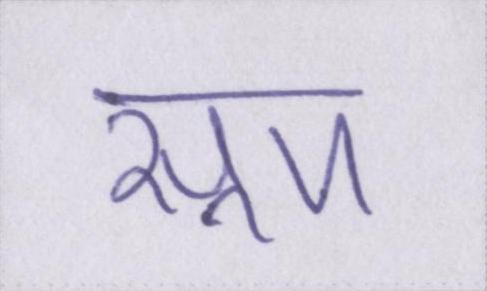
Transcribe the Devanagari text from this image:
सूप